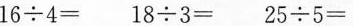
16÷4=18÷3=25÷5=